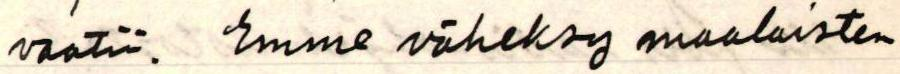
vaatii. Emme väheksy maalaisten